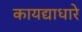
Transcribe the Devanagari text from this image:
कायद्याधारे